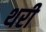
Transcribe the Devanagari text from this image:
थरी